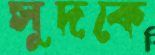
সুদকে